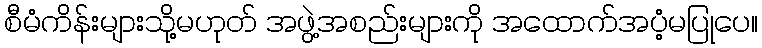
စီမံကိန်းများသို့မဟုတ် အဖွဲ့အစည်းများကို အထောက်အပံ့မပြုပေ။